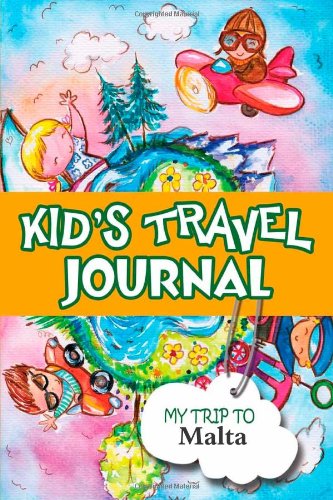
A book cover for Kids travel journal: my trip to malta; Bluebird Books; Travel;